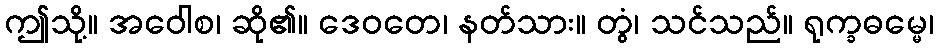
ဤသို့။ အဝေါစ၊ ဆို၏။ ဒေဝတေ၊ နတ်သား။ တွံ၊ သင်သည်။ ရုက္ခဓမ္မေ၊